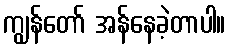
ကျွန်တော် အန်နေခဲ့တာပါ။